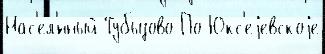
Нас'ел'́нный Тубызово По Юкс'еjевскоjе